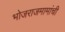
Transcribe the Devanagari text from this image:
भोजराजमामांची